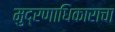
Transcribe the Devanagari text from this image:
मुद्रणाधिकाराचा